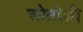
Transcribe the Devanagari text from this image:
ओतोशी